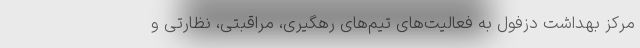
مرکز بهداشت دزفول به فعالیت‌های تیم‌های رهگیری، مراقبتی، نظارتی و